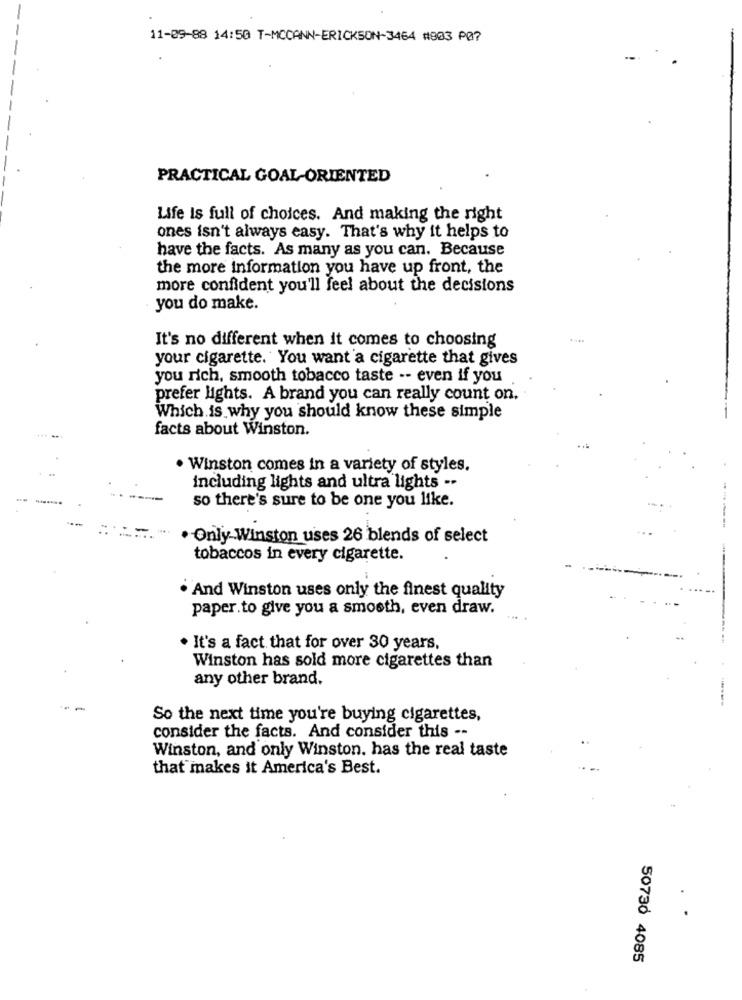
11-09-88 14:50 T-MCCANN-ERICKSON-3464 #903 PØ?
PRACTICAL GOAL-ORIENTED
Life Is full of choices. And making the right
ones isn't always easy. That's why it helps to
have the facts. As many as you can. Because
the more information you have up front, the
more confident you'll feel about the decisions
you do make.
It's no different when it comes to choosing
your cigarette. You want a cigarette that gives
you rich, smooth tobacco taste -- even if you
prefer lights. A brand you can really count on.
Which is why you should know these simple
facts about Winston.
. Winston comes in a variety of styles.
including lights and ultra lights --
so there's sure to be one you like.
· Only Winston uses 26 blends of select
tobaccos in every cigarette.
. And Winston uses only the finest quality
paper. to give you a smooth, even draw.
. It's a fact that for over 30 years.
Winston has sold more cigarettes than
any other brand.
So the next time you're buying cigarettes,
consider the facts. And consider this --
Winston, and only Winston. has the real taste
that makes it America's Best.
50730 4085